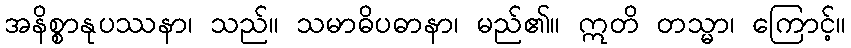
အနိစ္စာနုပဿနာ၊ သည်။ သမာဓိပဓာနာ၊ မည်၏။ ဣတိ တသ္မာ၊ ကြောင့်။